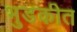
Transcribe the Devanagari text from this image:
भुडकीत